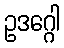
ဥဒဂ္ဂေါ